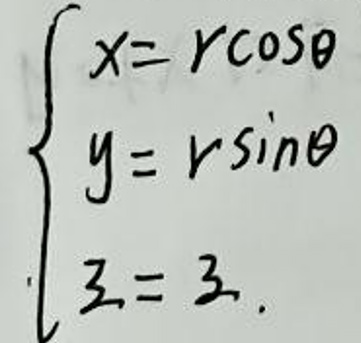
\[
\begin{cases}
x = r\cos\theta\\
y = r\sin\theta\\
z = z
\end{cases}
\]